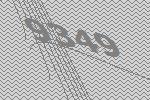
9349